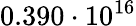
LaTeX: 0.390\cdot 10^{16}